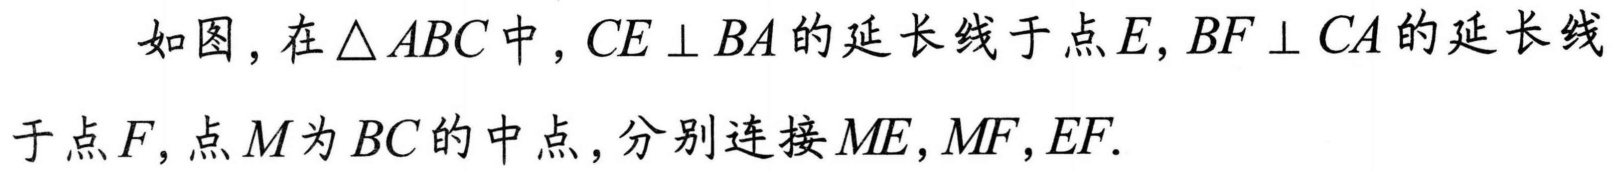
如图，在$\triangle ABC$中，$CE\perp BA$的延长线于点$E,BF\perp CA$的延长线
于点$F,$点$M$为$BC$的中点，分别连接$ME,MF,EF.$